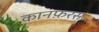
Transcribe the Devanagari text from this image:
कानफ़रस